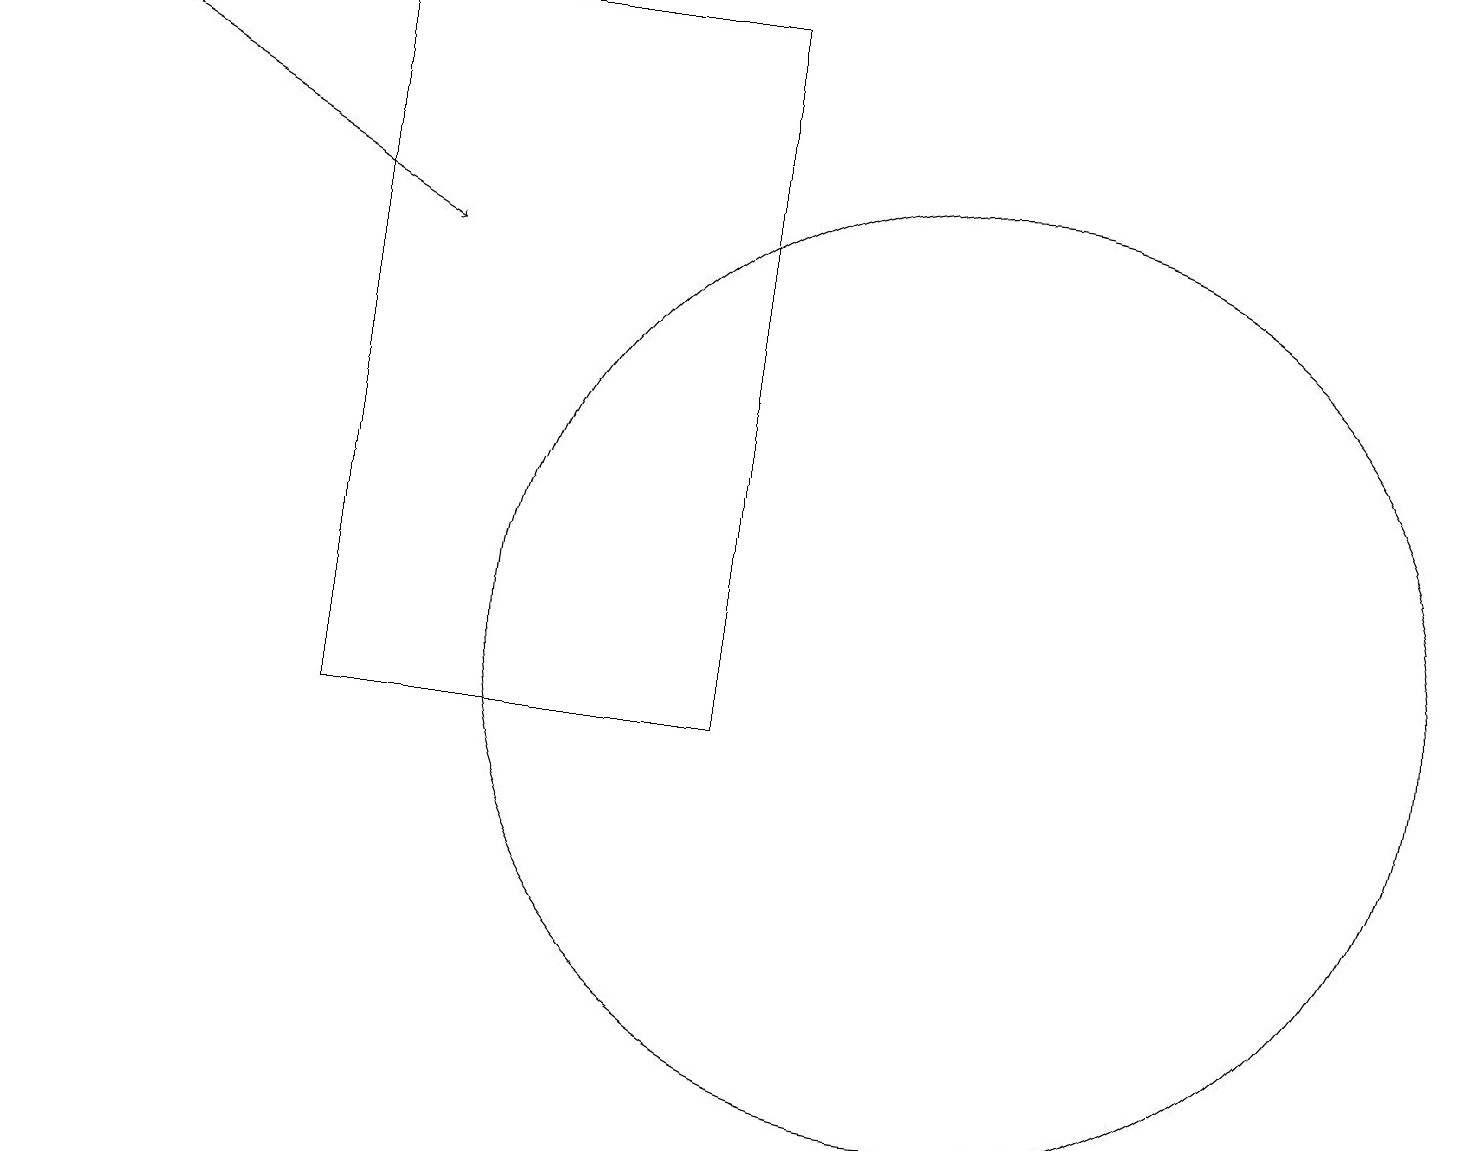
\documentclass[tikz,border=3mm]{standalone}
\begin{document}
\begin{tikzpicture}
\draw[->] (0,19) -- (5,16);
\draw (12,11) circle (6);
\draw (4,19) rectangle (9,10);
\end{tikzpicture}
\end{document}